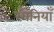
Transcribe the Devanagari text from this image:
रमैनियाँ